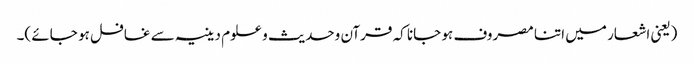
(یعنی اشعار میں اتنا مصروف ہو جانا کہ قرآن وحدیث و علوم دینیہ سے غافل ہو جائے )۔